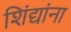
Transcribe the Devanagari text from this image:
शिंद्यांना